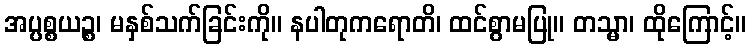
အပ္ပစ္စယဉ္စ၊ မနှစ်သက်ခြင်းကို။ နပါတုကရောတိ၊ ထင်စွာမပြု။ တသ္မာ၊ ထိုကြောင့်။